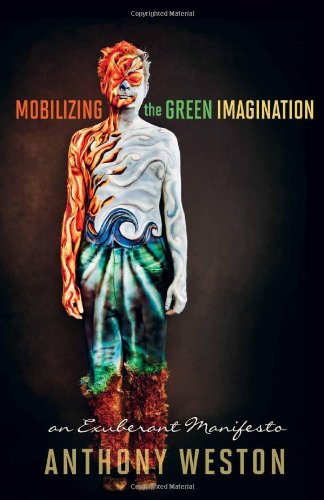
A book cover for Mobilizing the Green Imagination: An Exuberant Manifesto; Anthony Weston; Religion & Spirituality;